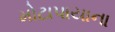
મોટાપાયાના